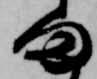
ま